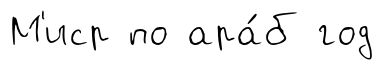
М'иср по ара́б год